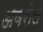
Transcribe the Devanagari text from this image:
अवरोल